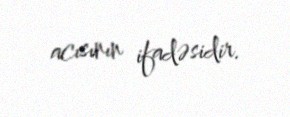
acısının ifadəsidir.